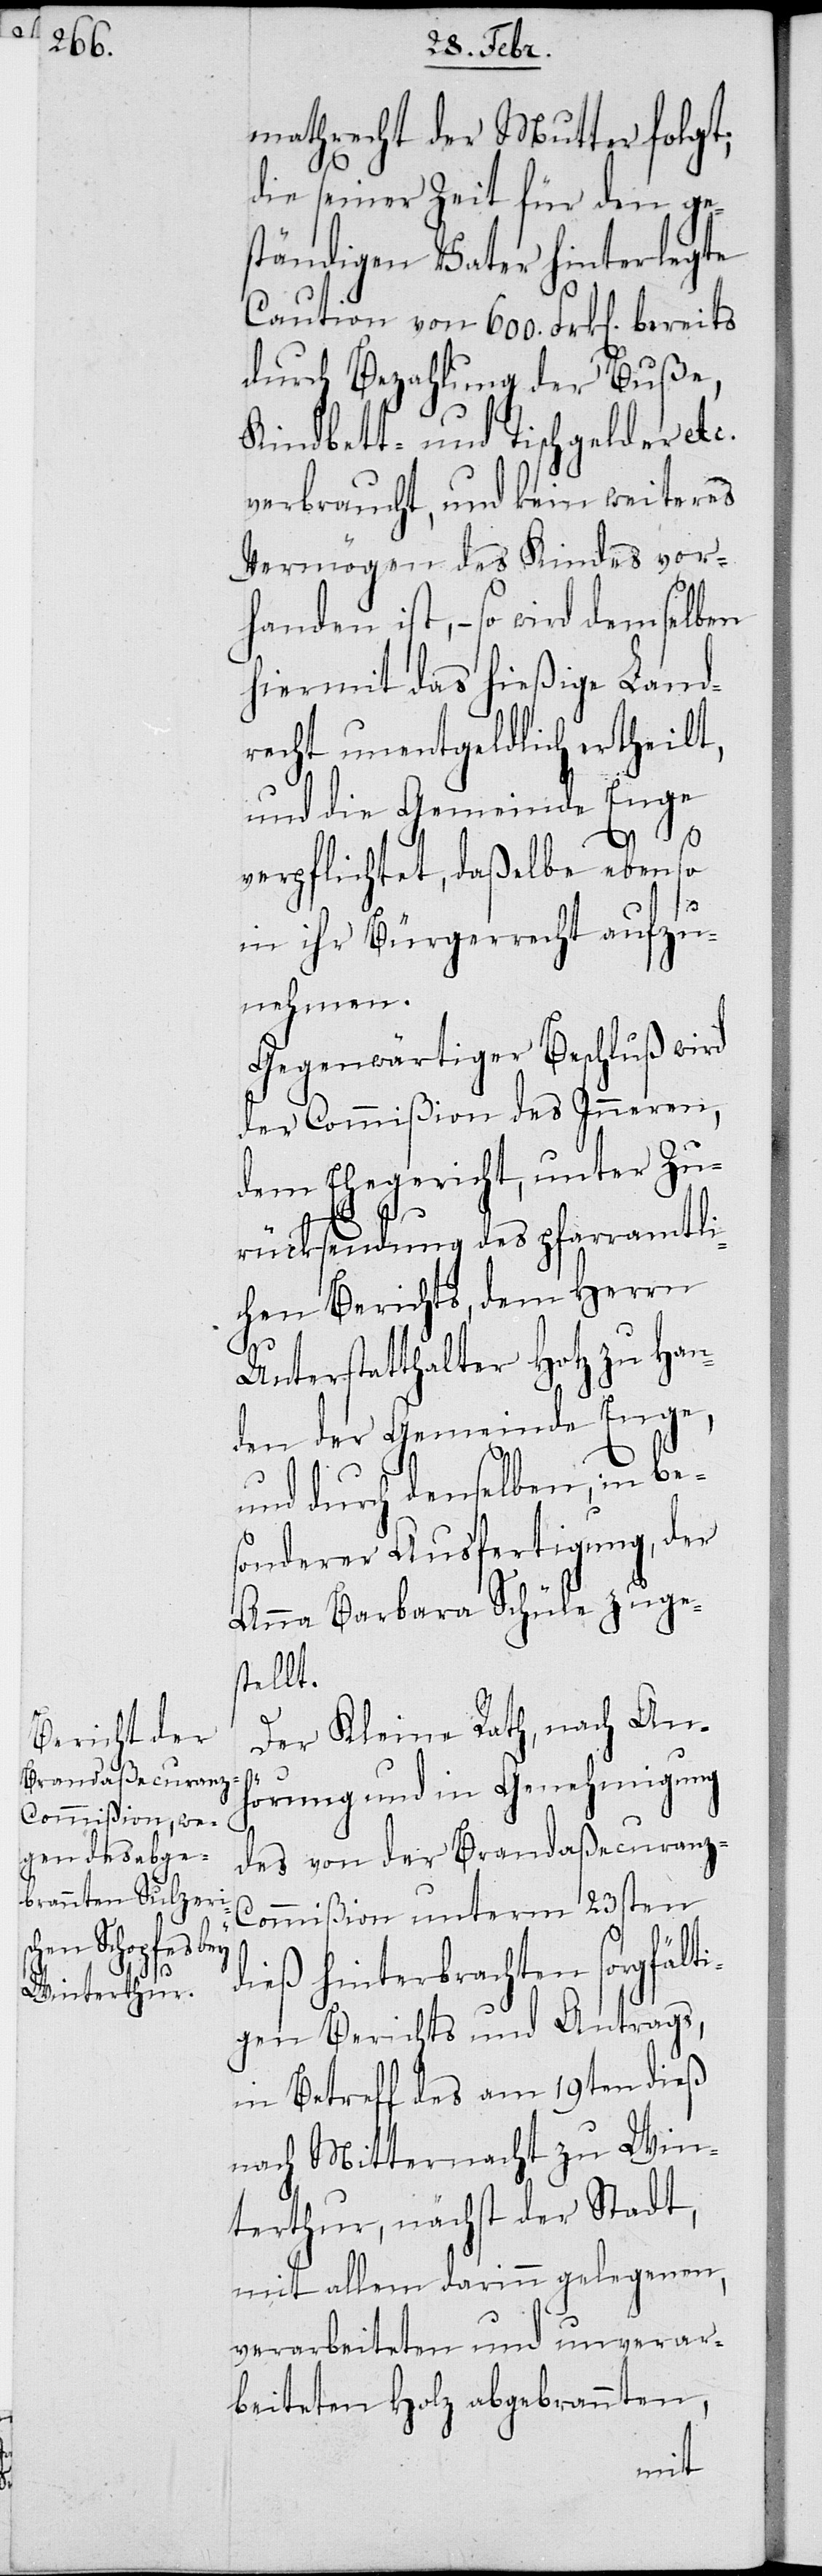
mathrecht der Mutter folgt;
die seiner Zeit für den ge¬
ständigen Vater hinterlegte
Caution von 600. Frk. bereits
durch Bezahlung der Buße,
Kindbett- und Tischgelder etc.
verbraucht, und kein weiteres
Vermögen des Kindes vor¬
handen ist, – so wird demselben
hiermit das hiesige Land¬
recht unentgeldlich ertheilt,
und die Gemeinde Enge
verpflichtet, daßelbe ebenso
in ihr Bürgerrecht aufzu¬
nehmen.
Gegenwärtiger Beschluß wird
der Commißion des Inneren,
dem Ehegericht, unter Zu¬
rücksendung des pfarramtli¬
chen Berichts, dem Herrn
Unterstatthalter Hotz zu Han¬
den der Gemeinde Enge,
und durch denselben, in bes¬
onderer Ausfertigung, der
Anna Barbara Schüle zuge¬
stellt.
Der Kleine Rath, nach Anh¬
örung und in Genehmigung
des von der Brandaßecuranz-C¬
ommißion unterm 23sten
dieß hinterbrachten sorgfälti¬
gen Berichts und Antrags,
in Betreff des am 19ten dieß
nach Mitternacht zu Win¬
terthur, nächst der Stadt,
mit allem darinn gelegenen,
verarbeiteten und unverar¬
beiteten Holz abgebrannten,